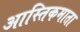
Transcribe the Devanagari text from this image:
आस्तिकमाता